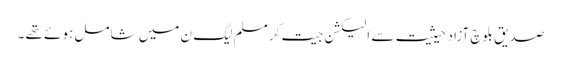
صدیق بلوچ آزاد حیثیت سے الیکشن جیت کر مسلم لیگ ن میں شامل ہوئے تھے ۔